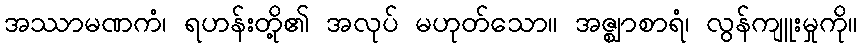
အဿာမဏကံ၊ ရဟန်းတို့၏ အလုပ် မဟုတ်သော။ အဇ္ဈာစာရံ၊ လွန်ကျူးမှုကို။